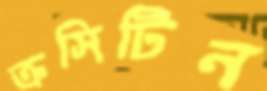
ক্রসিটিন